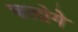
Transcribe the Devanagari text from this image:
चलोगे